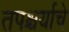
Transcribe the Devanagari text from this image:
तपश्चर्याचे